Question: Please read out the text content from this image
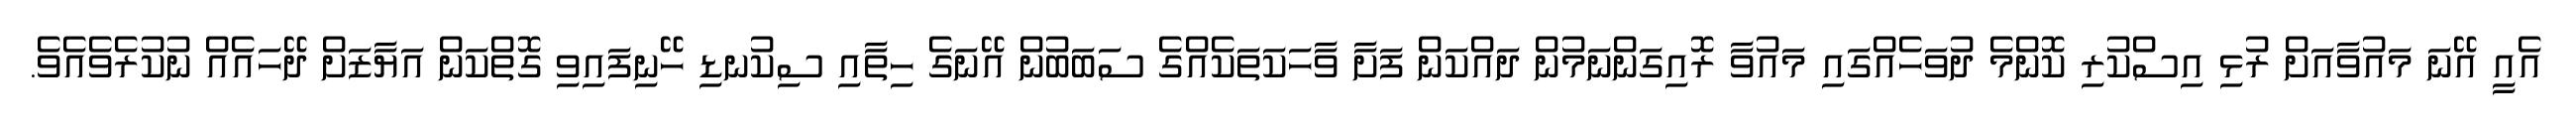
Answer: އެއީ އޭނަ މައުވާއަށް ރުޅި އިސްކުރި ކޮންމެ ދުވަހެއްގައި މައުވާ ރޮއިގަންނަމުން ދައްކަން ފަށާ ވާހަކަތަކެއްގެ ސަބަބުން އޭނަގެ ހިތާއި ސިކުނޑި ހޭނިފައިވި ގޮތްކަން އަޔާޒަށް ދޭހައެއް ނުކުރެވެއެވެ.